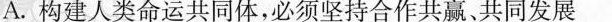
A.构建人类命运共同体，必须坚持合作共赢、共同发展